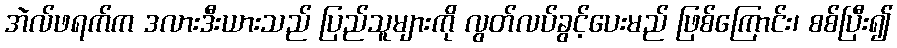
အဲလ်ဖရက်က ဒလားဒီးယားသည် ပြည်သူများကို လွတ်လပ်ခွင့်ပေးမည် ဖြစ်ကြောင်း၊ စစ်ပြီး၍